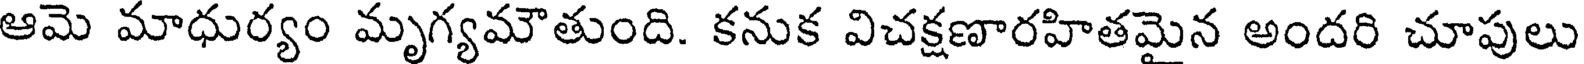
ఆమె మాధుర్యం మృగ్యమౌతుంది. కనుక విచక్షణారహితమైన అందరి చూపులు